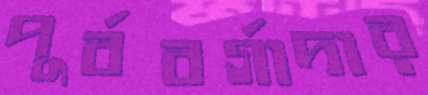
পূর্ববর্গাদার